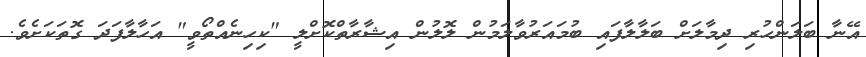
އޭނާ ބަލަންހުރި ދިމާލަށް ބަލާލާފައި ބުމައަރުވާލަމުން ލޮލުން އިޝާރާތްކޮށްލީ "ކިހިނެއްތޯވީ" އަހާލާފަދަ ގޮތަކަށެވެ.